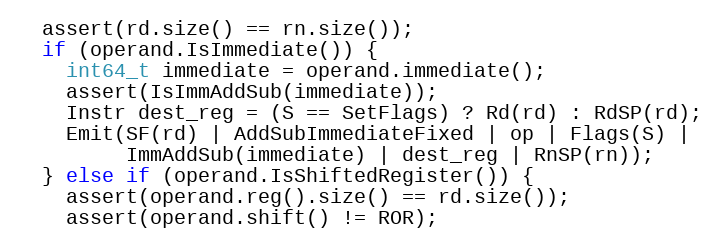
Language: C++
  assert(rd.size() == rn.size());
  if (operand.IsImmediate()) {
    int64_t immediate = operand.immediate();
    assert(IsImmAddSub(immediate));
    Instr dest_reg = (S == SetFlags) ? Rd(rd) : RdSP(rd);
    Emit(SF(rd) | AddSubImmediateFixed | op | Flags(S) |
         ImmAddSub(immediate) | dest_reg | RnSP(rn));
  } else if (operand.IsShiftedRegister()) {
    assert(operand.reg().size() == rd.size());
    assert(operand.shift() != ROR);